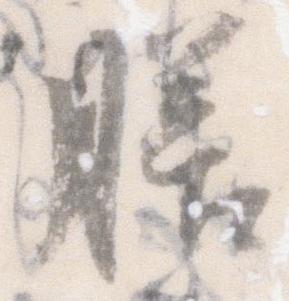
膳